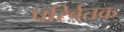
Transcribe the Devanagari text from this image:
परिर्वतक